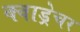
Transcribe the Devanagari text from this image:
क्वाड्रेचर